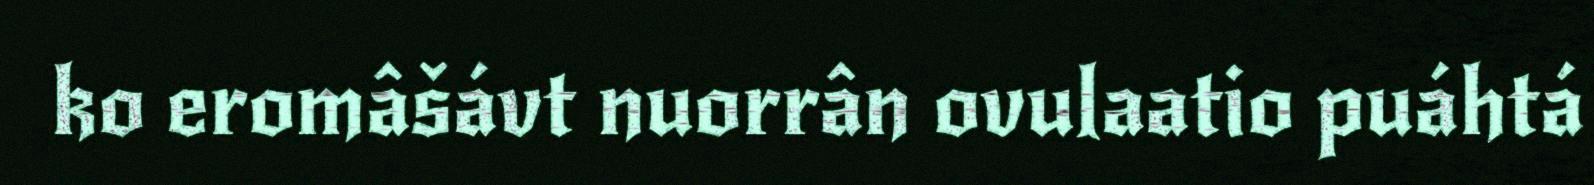
ko eromâšávt nuorrân ovulaatio puáhtá